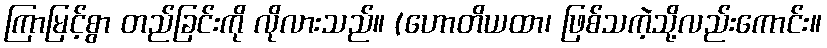
ကြာမြင့်စွာ တည်ခြင်းကို လိုလားသည်။ (ဟောတိယထာ၊ ဖြစ်သကဲ့သို့လည်းကောင်း။